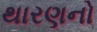
થારણનો